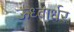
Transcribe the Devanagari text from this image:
ऊध्वार्धर